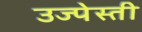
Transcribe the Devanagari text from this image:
उज्पेस्ती